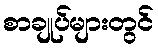
စာချုပ်များတွင်